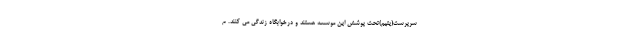
سرپرست(یتیم)تحت پوشش این موسسه هستند و درخوابگاه زندگی می کنند. م